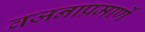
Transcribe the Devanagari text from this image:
वजनाप्रमाणें